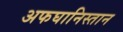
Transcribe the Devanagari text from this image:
अफघानिस्तान